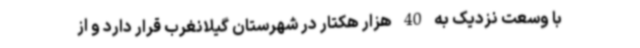
با وسعت نزدیک به 40 هزار هکتار در شهرستان گیلانغرب قرار دارد و از